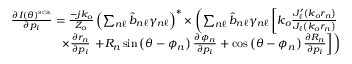
\begin{array} { r l r } & { } & { \frac { \partial I ( \theta ) ^ { \mathrm { s c a } } } { \partial p _ { i } } = \frac { - j k _ { o } } { Z _ { o } } \left( \sum _ { n \ell } \hat { b } _ { n \ell } \gamma _ { n \ell } \right) ^ { * } \times \left( \sum _ { n \ell } \hat { b } _ { n \ell } \gamma _ { n \ell } \left[ k _ { o } \frac { J _ { \ell } ^ { \prime } \left( k _ { o } r _ { n } \right) } { J _ { \ell } \left( k _ { o } r _ { n } \right) } \right. \right. } \\ & { } & { \times \frac { \partial r _ { n } } { \partial p _ { i } } \left. \left. + R _ { n } \sin \left( \theta - \phi _ { n } \right) \frac { \partial \phi _ { n } } { \partial p _ { i } } + \cos \left( \theta - \phi _ { n } \right) \frac { \partial R _ { n } } { \partial p _ { i } } \right] \right) } \end{array}